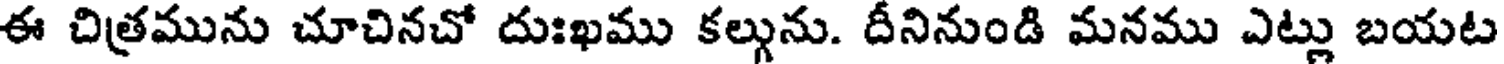
ఈ చిత్రమును చూచినచో దుఃఖము కల్గును. దీనినుండి మనము ఎట్లు బయట